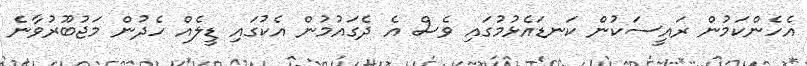
އެހެންކަމުން ރައީސަކުން ކަނޑައެޅުމުގައި ވެސް އެ ދެގައުމުން އެކުގައި ޑީލެއް ހެދުން މަޖުބޫރުވާނެ